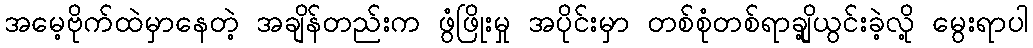
အမေ့ဗိုက်ထဲမှာနေတဲ့ အချိန်တည်းက ဖွံဖြိုးမှု အပိုင်းမှာ တစ်စုံတစ်ရာချို့ယွင်းခဲ့လို့ မွေးရာပါ